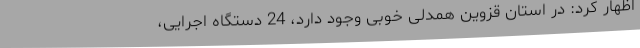
اظهار کرد: در استان قزوین همدلی خوبی وجود دارد، 24 دستگاه اجرایی،